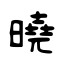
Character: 曉